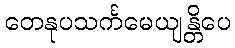
တေနုပသင်္ကမေယျန္တိပေ